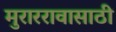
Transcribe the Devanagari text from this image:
मुराररावासाठी